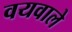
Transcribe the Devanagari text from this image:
वयवाले